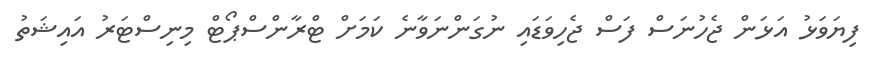
ފިޔަވަޅު އަޅަން ޖެހުނަސް ފަސް ޖެހިވަޑައި ނުގަންނަވާނެ ކަމަށް ޓްރާންސްޕޯޓް މިނިސްޓަރު އައިޝަތު